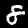
Label: 8